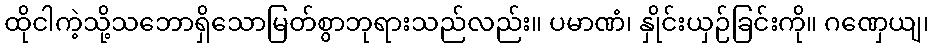
ထိုငါကဲ့သို့သဘောရှိသောမြတ်စွာဘုရားသည်လည်း။ ပမာဏံ၊ နှိုင်းယှဉ်ခြင်းကို။ ဂဏှေယျ၊